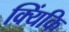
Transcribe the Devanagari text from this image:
क्यिंकि